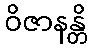
ဝိဇာနန္တိ